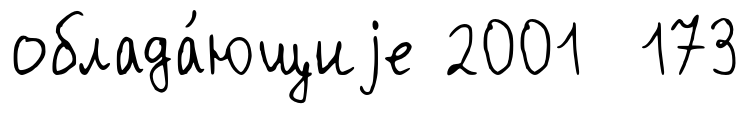
облада́ющиjе 2001 173